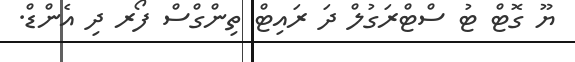
ޔޫ ގޮޓް ޓު ސްޓްރަގުލް ދަ ރައިޓް ތިންގްސް ފޯރ ދި އެންޑް.